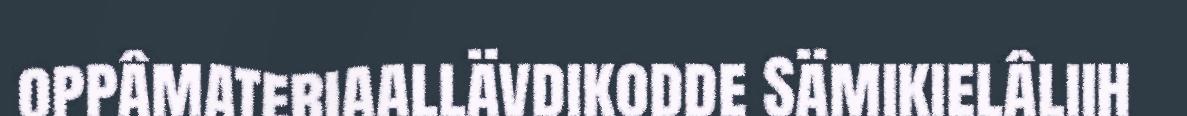
oppâmateriaallävdikodde Sämikielâliih